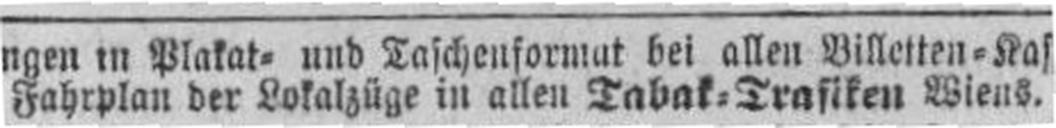
Fahrplan der Lokalzüge in allen Tabak=Trafiken Wiens.